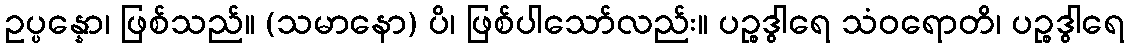
ဥပ္ပန္နော၊ ဖြစ်သည်။ (သမာနော) ပိ၊ ဖြစ်ပါသော်လည်း။ ပဉ္စဒွါရေ သံဝရောတိ၊ ပဉ္စဒွါရေ